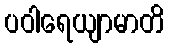
ပဝါရေယျာမာတိ